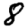
Digit: 8